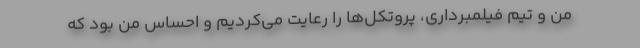
من و تیم فیلمبرداری، پروتکل‌ها را رعایت می‌کردیم و احساس من بود که